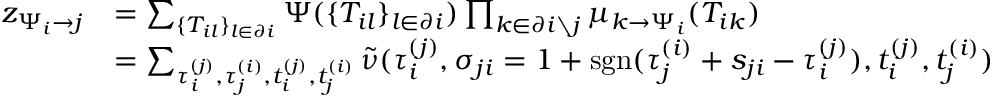
\begin{array} { r } { \begin{array} { r l } { z _ { \Psi _ { i } \to j } } & { = \sum _ { \{ T _ { i l } \} _ { l \in \partial i } } \Psi ( \{ T _ { i l } \} _ { l \in \partial i } ) \prod _ { k \in \partial i \setminus j } \mu _ { k \to \Psi _ { i } } ( T _ { i k } ) } \\ & { = \sum _ { \tau _ { i } ^ { ( j ) } , \tau _ { j } ^ { ( i ) } , t _ { i } ^ { ( j ) } , t _ { j } ^ { ( i ) } } \tilde { \nu } ( \tau _ { i } ^ { ( j ) } , \sigma _ { j i } = 1 + \mathrm { s g n } ( \tau _ { j } ^ { ( i ) } + s _ { j i } - \tau _ { i } ^ { ( j ) } ) , t _ { i } ^ { ( j ) } , t _ { j } ^ { ( i ) } ) } \end{array} } \end{array}